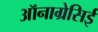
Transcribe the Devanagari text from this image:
ऑनाग्रेसिई